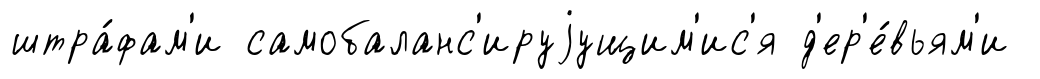
штра́фам'и самобаланс'ируjущим'ис'я д'ер'е́вьям'и